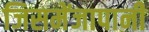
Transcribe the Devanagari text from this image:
जिसमेंजापानी